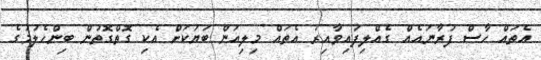
އެތައް ހާސް ފުރާނައެއް ގެއްލިފައިވާއިރު އެތައް މިލިއަން ބަޔަކަށް އެކި ގޮތްގޮތުން ބިންހެލުމުގެ